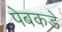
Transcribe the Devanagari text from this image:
पेबकडे